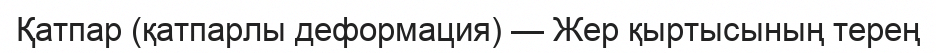
Қатпар (қатпарлы деформация) — Жер қыртысының терең